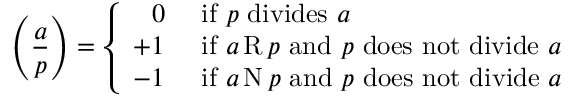
\left( { \frac { a } { p } } \right) = { \left\{ \begin{array} { l l } { \; \; \, 0 } & { { \mathrm { ~ i f ~ } } p { \mathrm { ~ d i v i d e s ~ } } a } \\ { + 1 } & { { \mathrm { ~ i f ~ } } a \operatorname { R } p { \mathrm { ~ a n d ~ } } p { \mathrm { ~ d o e s ~ n o t ~ d i v i d e ~ } } a } \\ { - 1 } & { { \mathrm { ~ i f ~ } } a \operatorname { N } p { \mathrm { ~ a n d ~ } } p { \mathrm { ~ d o e s ~ n o t ~ d i v i d e ~ } } a } \end{array} \right. }